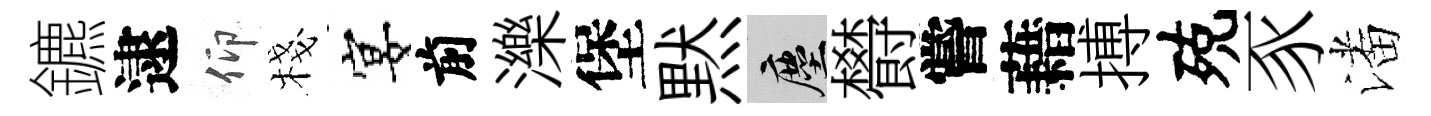
鑣逮仰棧宴前濼堡黙塵欎嘗藉搏殑豕潘